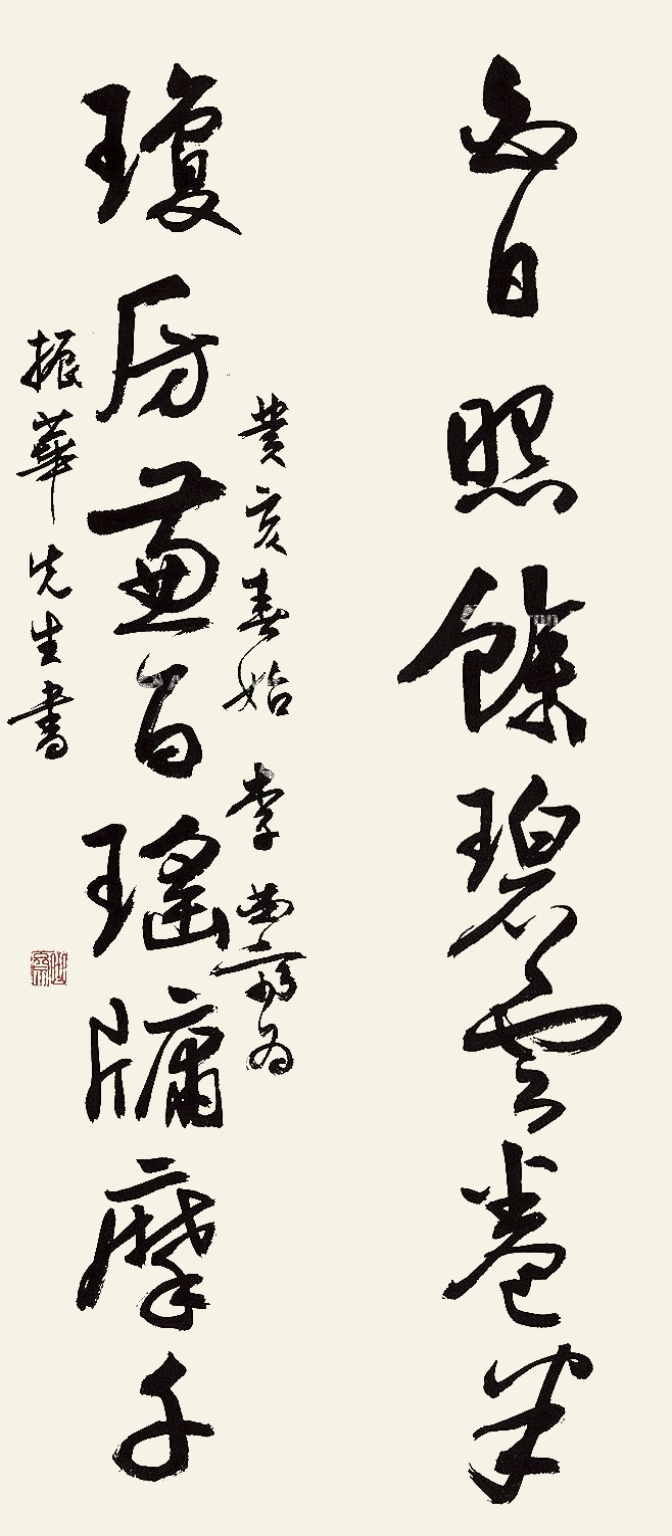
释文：白日照余碧云卷半，琼房兼百瑶牖摩千。癸亥春始，李曲斋为振华先生书。